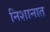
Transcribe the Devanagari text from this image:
निशानात